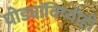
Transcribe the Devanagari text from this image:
घोड्यांविष्यीही